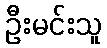
ဦးမင်းသူ